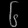
Digit: ၆